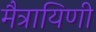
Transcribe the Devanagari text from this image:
मैत्रायिणी